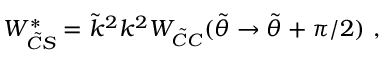
W _ { \tilde { C } S } ^ { * } = \tilde { k } ^ { 2 } k ^ { 2 } W _ { \tilde { C } C } ( \tilde { \theta } \rightarrow \tilde { \theta } + \pi / 2 ) ~ ,